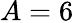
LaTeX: A=6